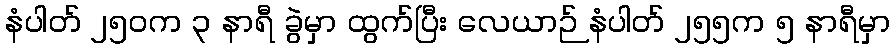
နံပါတ် ၂၅၀က ၃ နာရီ ခွဲမှာ ထွက်ပြီး လေယာဉ် နံပါတ် ၂၅၅က ၅ နာရီမှာ